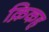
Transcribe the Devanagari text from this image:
क़िकह